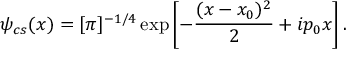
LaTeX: \psi _ { c s } ( x ) = [ \pi ] ^ { - 1 / 4 } \exp \left[ - \frac { ( x - x _ { 0 } ) ^ { 2 } } { 2 } + i p _ { 0 } x \right] .